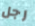
رجل